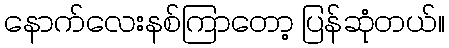
နောက်လေးနစ်ကြာတော့ ပြန်ဆုံတယ်။